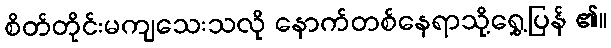
စိတ်တိုင်းမကျသေးသလို နောက်တစ်နေရာသို့ရွှေ့ပြန် ၏။